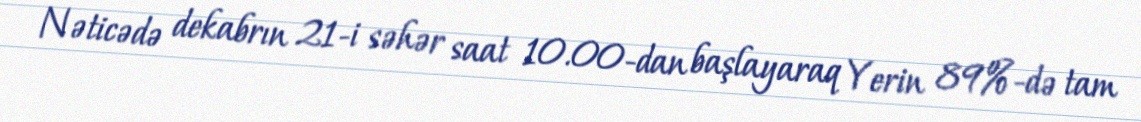
Nəticədə dekabrın 21-i səhər saat 10.00-dan başlayaraq Yerin 89%-də tam